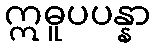
ဣဓူပပန္နာ